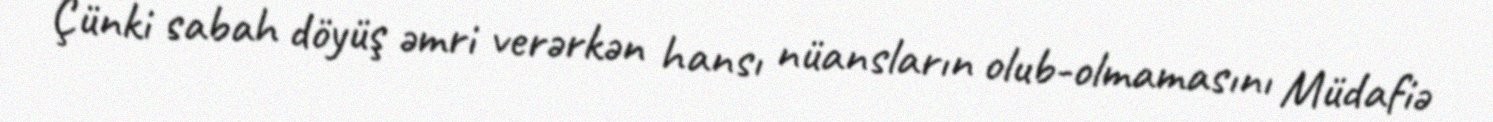
Çünki sabah döyüş əmri verərkən hansı nüansların olub-olmamasını Müdafiə